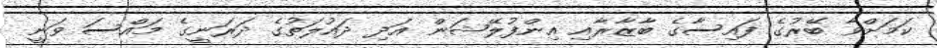
ކަމަށްވާ ބޭރުގެ ފައިސާގެ ބާޒާރާއި އިންފުލޭޝަން އަދި ދައުލަތުގެ ދަރަނީގެ މައްސަ ވަނީ